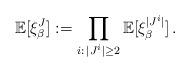
LaTeX: \begin{align*}\mathbb E[\xi_{\beta}^J] := \prod_{i: \, |J^i|\geq 2}\mathbb E[\xi_{\beta}^{|J^i|}] \,.\end{align*}